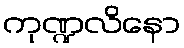
ကုဏ္ဍလိနော